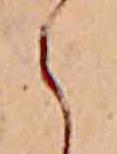
ら